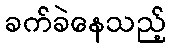
ခက်ခဲနေသည့်